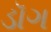
ડૉગ